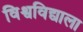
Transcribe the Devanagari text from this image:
विश्वविद्याला